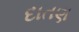
દાતણ